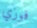
فوزي